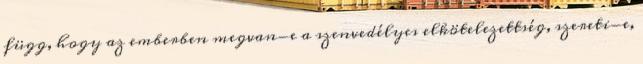
függ, hogy az emberben megvan-e a szenvedélyes elkötelezettség, szereti-e,